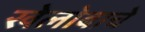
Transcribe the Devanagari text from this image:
खेलोबाचे